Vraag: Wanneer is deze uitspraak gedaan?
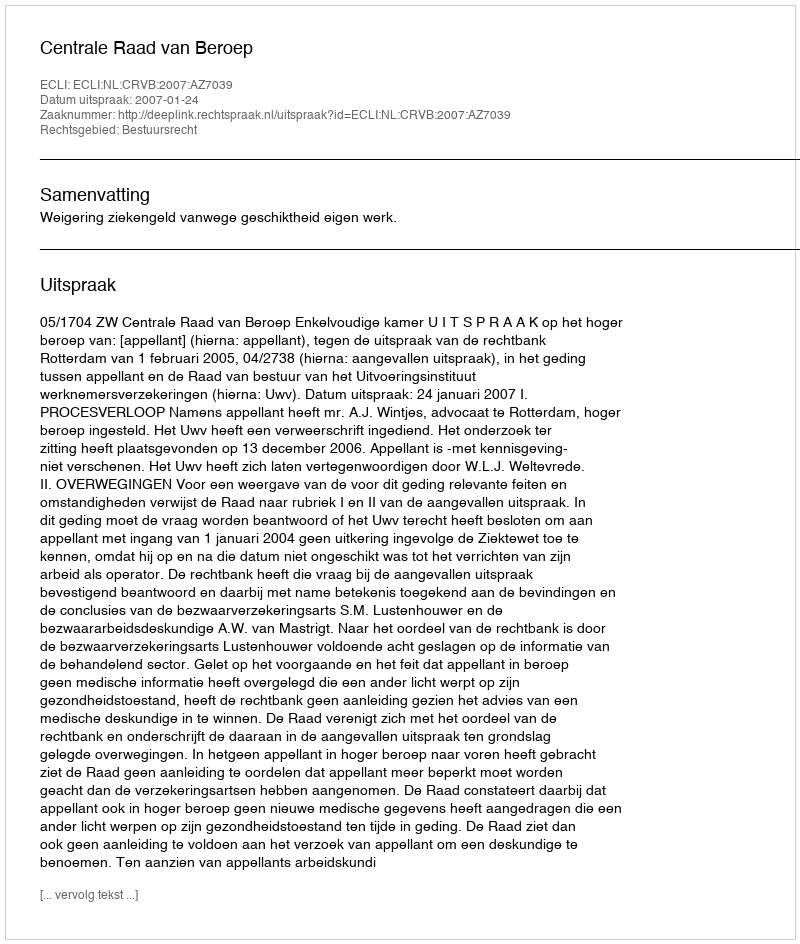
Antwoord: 2007-01-24